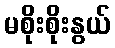
မစိုးစိုးနွယ်